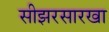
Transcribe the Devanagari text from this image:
सीझरसारखा